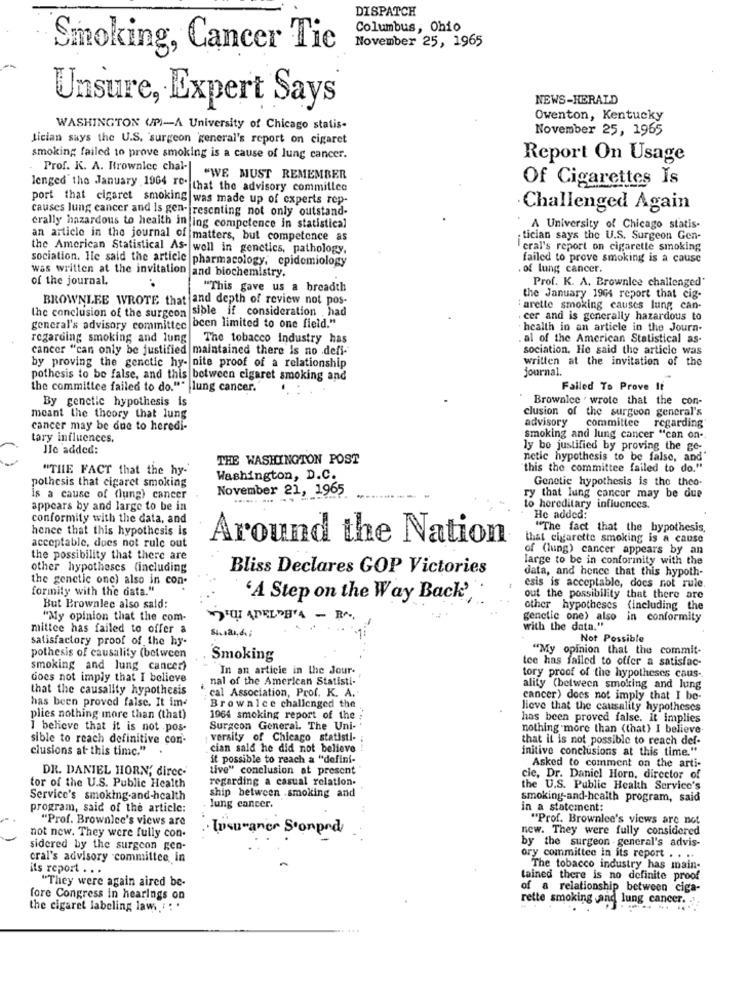
DISPATCH
Columbus, Ohio
Smoking, Cancer Tic
November 25, 1965
NEWS-HERALD
Unsure, Expert Says
Owenton, Kentucky
WASHINGTON (P)-A University of Chicago statis-
November 25, 1965
Lician says the U.S. surgeon general's report on cigaret
smoking failed to prove smoking is a cause of lung cancer.
Report On Usage
Prof. K. A. Brownlee chal-|
"WE MUST REMEMBER
Of Cigarettes Is
lenged' the January 1964 re. that the advisory committee
port that cigaret smoking was made up of experts rep-
causes lung cancer and is gen- resenting not only outstand-
Challenged Again
crally hazardous to health in ing competence in statistical
A University of Chicago statis.
an article in the journal of matters, but competence as
tician says the U.S. Surgeon Gen-
the American Statistical As- well in genetics, pathology,
cral's report on cigarette smoking
sociation. Ile said the article pharmacology, epidemiology
failed to prove smoking is a cause
. of lung cancer.
was written at the invitation and biochemistry.
of the journal.
Prof. K. A. Brownlee challenged'
"This gave us a breadth
BROWNLEE WROTE that and depth of review not pos-
the January 1964 report that cig-
the conclusion of the surgeon sible if consideration had
:arette smoking causes lung can-
cer and is generally hazardous to
general's advisory committee been limited to one field."
health in an article in the Journ-
regarding smoking and lung The tobacco industry has
al of the American Statistical as-
cancer "can only be justified maintained there Is no defi-
sociation. He said the article was
written at the invitation of the
by proving the genetic hy- nite proof of a relationship
journal.
pothesis to be false, and this between cigaret smoking and
the committee failed to do."" |lung cancer.
Failed To Prove It
By genetic hypothesis is
Brownlee . wrote that the con-
clusion of the surgeon general's
meant the theory that lung
cancer may be due to heredi-
advisory committee regarding
tary influences.
Smoking and lung cancer "can on -.
Ile added:
ly be justified by proving the ge-
THE WASHINGTON POST
netic hypothesis to be false, and'
"THE FACT that the hy-
this the committee failed to do."
pothesis that cigaret smoking
Washington, D.C.
Genetic hypothesis is the theo.
November 21, 1965
Is a cause of (lung) cancer
ry that lung cancer may be due
appears by and large to be in
to hereditary influences.
conformity with the data, and
He added:
hence that this hypothesis is
"The fact that the hypothesis,
acceptable, does not rule out
Around the Nation
that cigarette smoking is a cause
of (lung) cancer appears by an
the possibility that there are
large to be in conformity with the
other hypotheses (including
Bliss Declares GOP Victories
data, and hence that this hypoth-
the genetic one) also in con-
formity with the data."
esis is acceptable, does not rule.
'A Step on the Way Back',
out the possibility that there are
But Brownlee also said:
other hypotheses (including the
"My opinion that the com-
genetic one) also in conformity
mittee has failed to offer a
with the data."
satisfactory proof of the hy-
Not Possible
"My opinion that the commit-
pothesis of causality (between
Smoking
tee has failed to offer a satisfac-
smoking and lung cancer)
In an article in the Jour.
does not imply that I believe
nal of the American Statisti-
tory proof of the hypotheses caus-
that the causality hypothesis
cal Association, Prof. K. A.
ality (between smoking and lung
has been proved false. It im-
cancer) does not imply that I be-
Browalce challenged the .
lieve that the causality hypotheses
plies nothing more than (that)
1964 smoking report of the ;
has been proved false. it implies
I believe that it is not .pos-
Surgcon General. The Uni-
nothing more than (that) I believe
sible to reach definitive con-
versity of Chicago statisti -;
that it is not possible to reach def.
clusions at this time."
cian said he did not believe !
initive conclusions at this time."
it possible to reach a "defini-
DR. DANIEL HORN, direc-
tive" conclusion at present
Asked to comment on the arti-
tor of the U.S. Public Health
regarding a casual relation.
cie, Dr. Daniel Horn, director of
the U.S. Public Health Service's
Service's smoking-and-health
ship between .smoking and
smoking-and-health program, said
program, said of the article:
lung cancer.
in a statement:
"Prof. Brownlee's views are
"Prof. Brownlee's views are not
not now. They were fully con.
· Insurance Sonpod
new. They were fully considered
sidered by the surgeon gen-
by the surgeon - general's advis-
cral's advisory committee in
ory committee in its report . . ..
its report . . .
The tobacco industry has main-
tained there is no definite proof
"They were again aired be-
of a relationship between ciga-
fore Congress in hearings on
rette smoking ,and lung cancer. ..
the cigaret labeling law. : : '